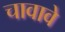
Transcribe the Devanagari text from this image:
चावावे